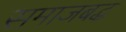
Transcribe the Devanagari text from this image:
समाजबद्ध